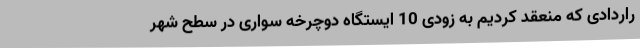
راردادی که منعقد کردیم به زودی 10 ایستگاه دوچرخه سواری در سطح شهر